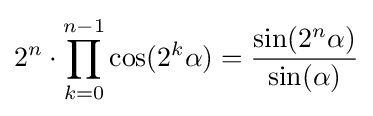
2^{n}\cdot \prod _{k=0}^{n-1}\cos(2^{k}\alpha )={\frac {\sin(2^{n}\alpha )}{\sin(\alpha )}}